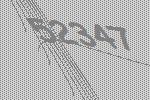
52347